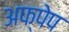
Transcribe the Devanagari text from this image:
अफ्पेप